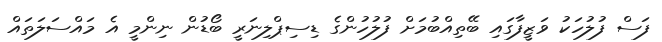
ފަސް ފުލުހަކު ވަޒީފާގައި ބޭތިއްބުމަށް ފުލުހުންގެ ޑިސިޕްލިނަރީ ބޯޑުން ނިންމީ އެ މައްސަލަތައް